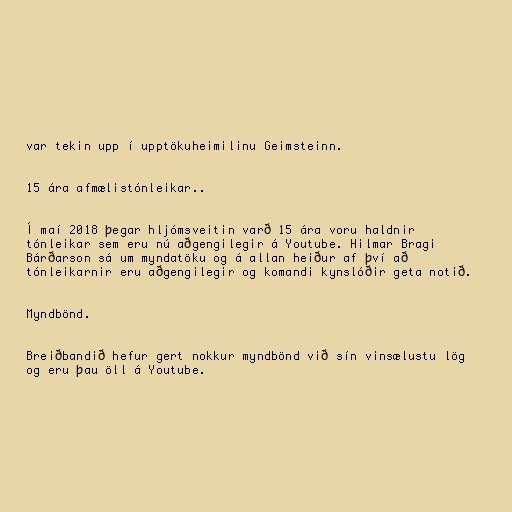
var tekin upp í upptökuheimilinu Geimsteinn.

15 ára afmælistónleikar..

Í maí 2018 þegar hljómsveitin varð 15 ára voru haldnir
tónleikar sem eru nú aðgengilegir á Youtube. Hilmar Bragi
Bárðarson sá um myndatöku og á allan heiður af því að
tónleikarnir eru aðgengilegir og komandi kynslóðir geta notið.

Myndbönd.

Breiðbandið hefur gert nokkur myndbönd við sín vinsælustu lög
og eru þau öll á Youtube.